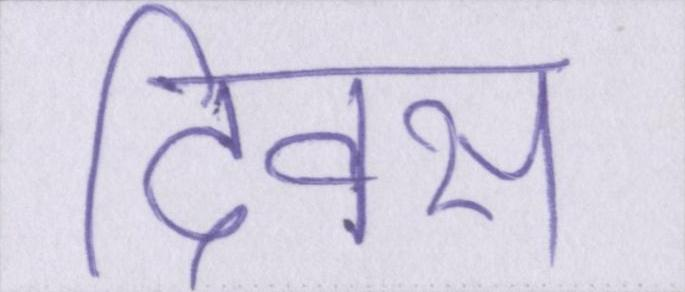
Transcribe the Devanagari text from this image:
दिवस